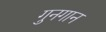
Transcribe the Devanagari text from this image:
गुनगान